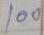
100